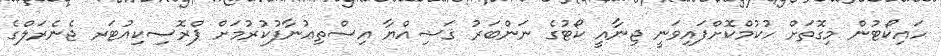
ހައިކޯޓުން މިގޮތަށް ހުކުމްކޮށްފައިވަނީ ޖިނާއީ ކޯޓުގެ ނަންބަރު ޤަޟިއްޔާ އިސްތިޢުނާފުކުރުމަށް ޕްރޮސިކިއުޓަރ ޖެނެރަލްގެ